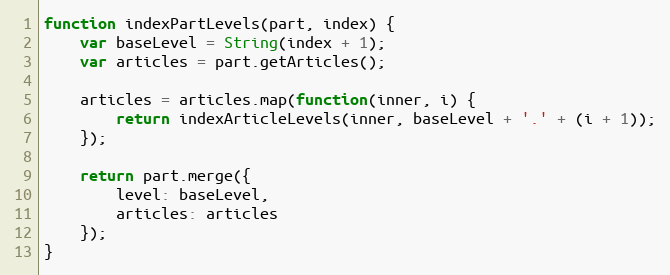
Language: JavaScript
function indexPartLevels(part, index) {
    var baseLevel = String(index + 1);
    var articles = part.getArticles();

    articles = articles.map(function(inner, i) {
        return indexArticleLevels(inner, baseLevel + '.' + (i + 1));
    });

    return part.merge({
        level: baseLevel,
        articles: articles
    });
}